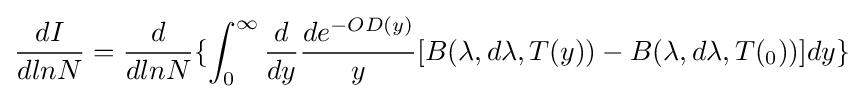
{\frac {dI}{dlnN}}={\frac {d}{dlnN}}\{\int _{0}^{\infty }{\frac {d}{dy}}{\frac {de^{-OD(y)}}{y}}[B(\lambda ,d\lambda ,T(y))-B(\lambda ,d\lambda ,T(_{0}))]dy\}